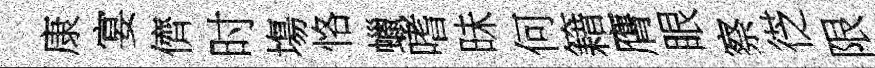
康宴儕时塲恪蠟嗜昧何籍膺眼察徔限